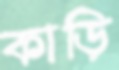
কাড়ি